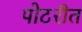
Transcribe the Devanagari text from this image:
पोटरीत